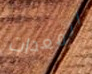
المعدات